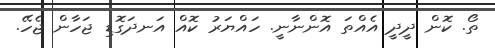
ތޯ. ކޮން ދީދީ އެއްތަ އޮންނާނީ. ހައްޔަރު ކޮއް އަނދަގޮޑި ޖަހާން ޖެހޭ.